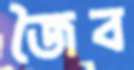
জৈব